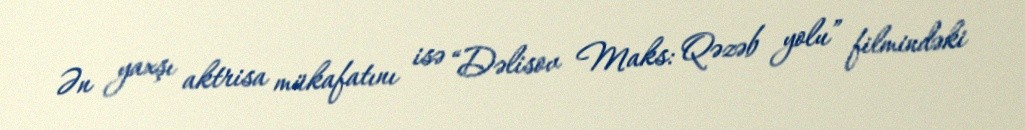
Ən yaxşı aktrisa mükafatını isə “Dəlisov Maks: Qəzəb yolu” filmindəki